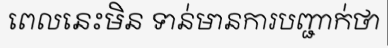
ពេលនេះមិន ទាន់មានការបញ្ជាក់ថា